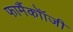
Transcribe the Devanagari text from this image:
फार्मैकोॉजी